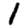
Digit: 1